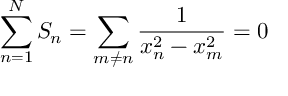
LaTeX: \sum _ { n = 1 } ^ { N } S _ { n } = \sum _ { m \ne n } \frac { 1 } { x _ { n } ^ { 2 } - x _ { m } ^ { 2 } } = 0